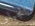
انجيلو